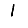
Digit: 1